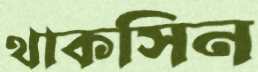
থাকসিন